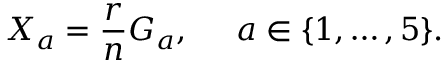
X _ { a } = \frac { r } { n } G _ { a } , \; \; \; \; \; a \in \{ 1 , \ldots , 5 \} .